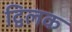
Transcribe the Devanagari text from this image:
द्विलक